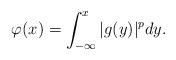
LaTeX: \begin{align*}\varphi(x)=\int_{- \infty}^x |g(y)|^p dy.\end{align*}